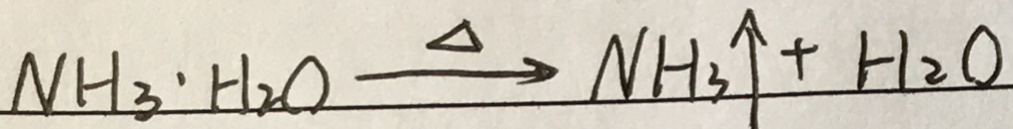
N H _ { 3 } \cdot H _ { 2 } O \overline { s } e t \Delta \rightarrow N H _ { 3 } \uparrow + H _ { 2 } O